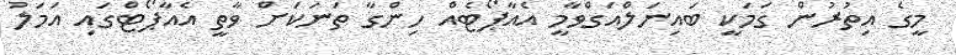
މީގެ އިތުރުން ގަމަކީ ބައިނަލްއަގްވާމީ އެއާޕޯޓެއް ހިންގާ ތަނަކަށް ވާތީ އެއާޕޯޓްގައި އަމަލު